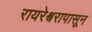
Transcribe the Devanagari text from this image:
रायरेश्वरापासून